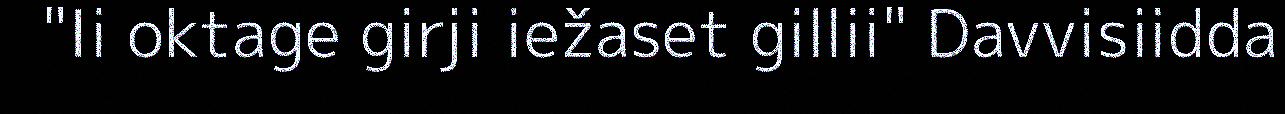
"Ii oktage girji iežaset gillii" Davvisiidda